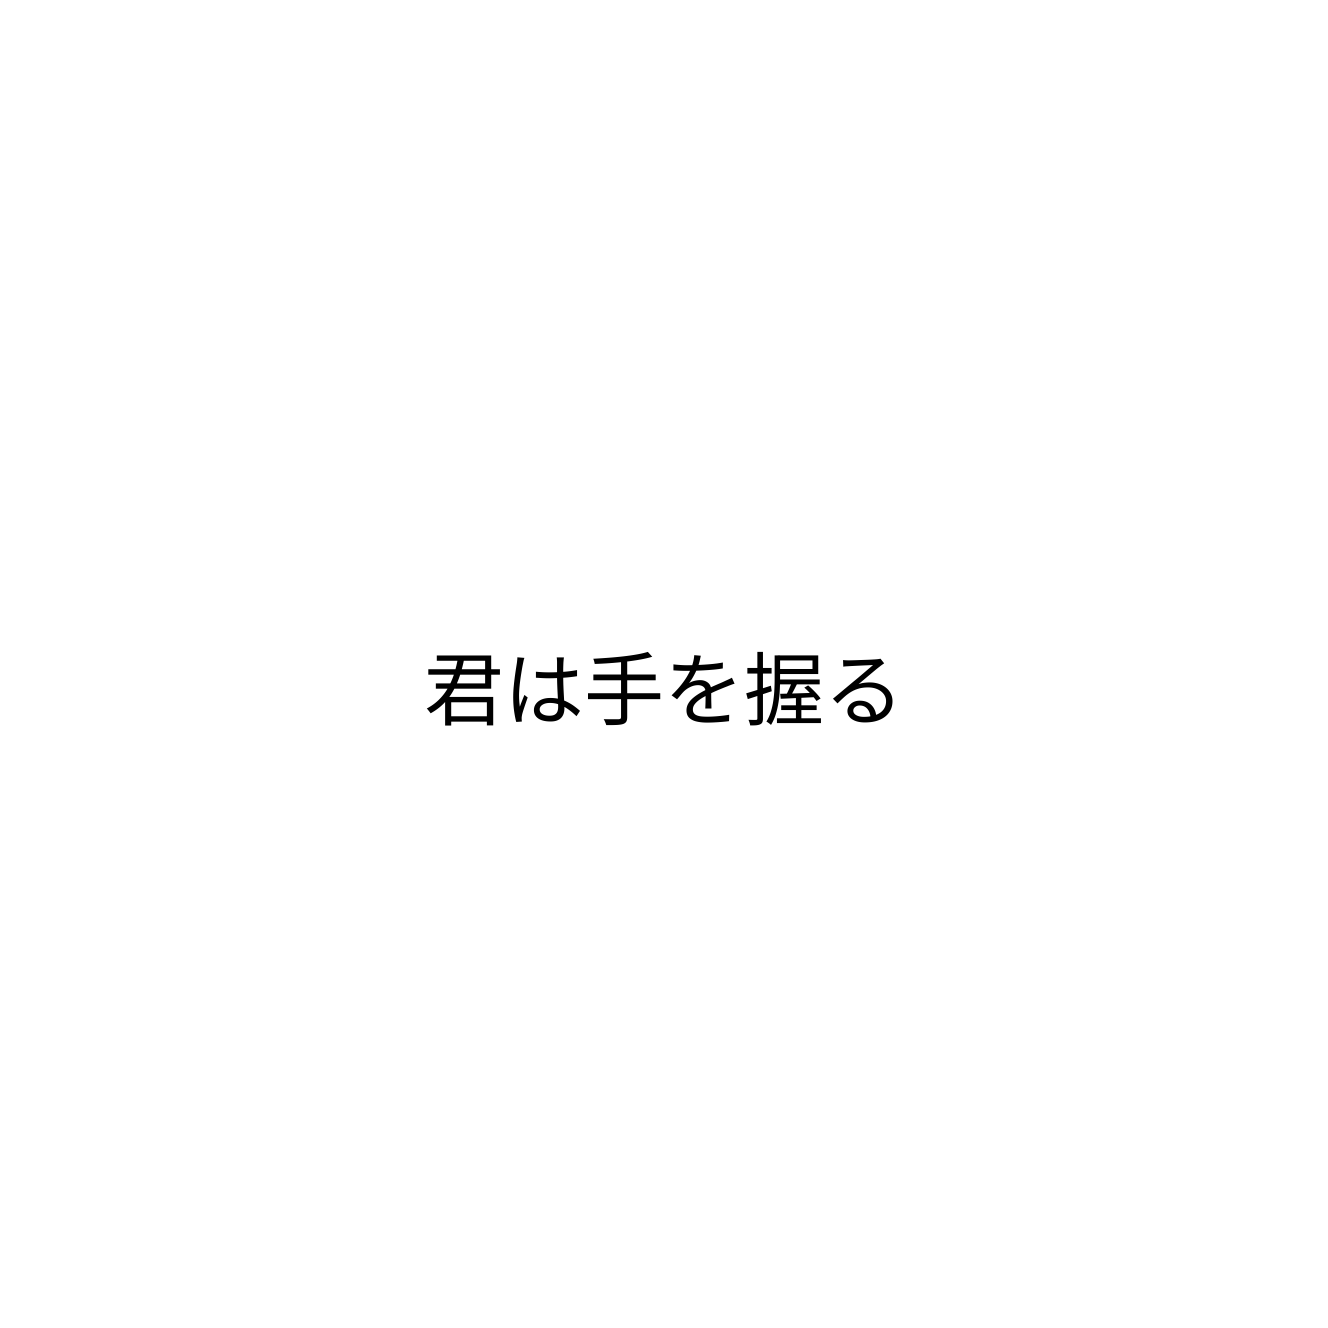
君は手を握る